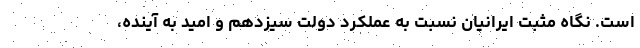
است. نگاه مثبت ایرانیان نسبت به عملکرد دولت سیزدهم و امید به آینده،